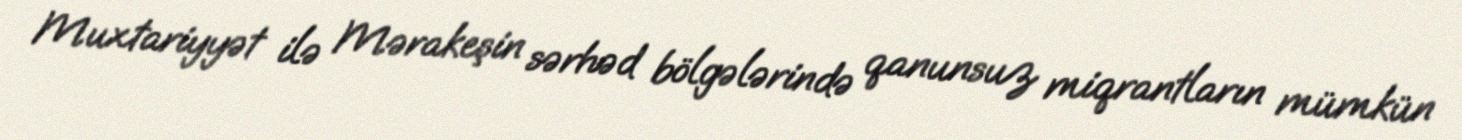
Muxtariyyət ilə Mərakeşin sərhəd bölgələrində qanunsuz miqrantların mümkün